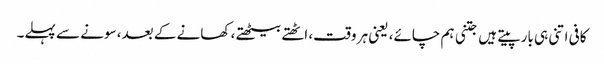
کافی اتنی ہی بار پیتے ہیں جتنی ہم چائے، یعنی ہر وقت، اٹھتے بیٹھتے، کھانے کے بعد، سونے سے پہلے۔